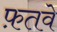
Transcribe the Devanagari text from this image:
फ़तवे